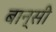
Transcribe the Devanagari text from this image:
बान्‍सी